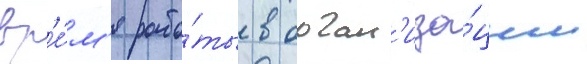
вр'е́м'я рабо́ты в орган'иза́ции